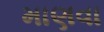
માણવા